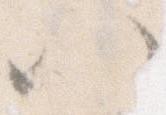
い